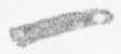
一